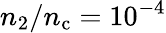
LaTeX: n_{2}/n_{\mathrm{c}}=10^{-4}